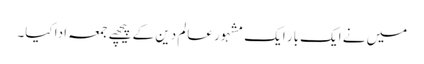
میں نے ایک بار ایک مشہور عالم دین کے پیچھے جمعہ ادا کیا۔